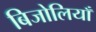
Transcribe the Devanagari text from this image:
बिजोलियाँ